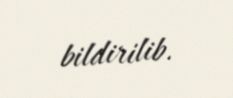
bildirilib.